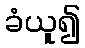
ခံယူ၍